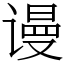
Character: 谩